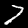
Label: 7